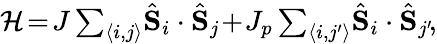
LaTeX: \begin{array}{r}{\mathcal{H}\! {}=\! {}J\sum_{\langle i,j\rangle}\! {}\hat{\mathbf{S}}_{i}\cdot\hat{\mathbf{S}}_{j}\! {}+\! {}J_{p}\sum_{\langle i,j^{\prime}\rangle}\! {}\hat{\mathbf{S}}_{i}\cdot\hat{\mathbf{S}}_{j^{\prime}}\! {},}\end{array}